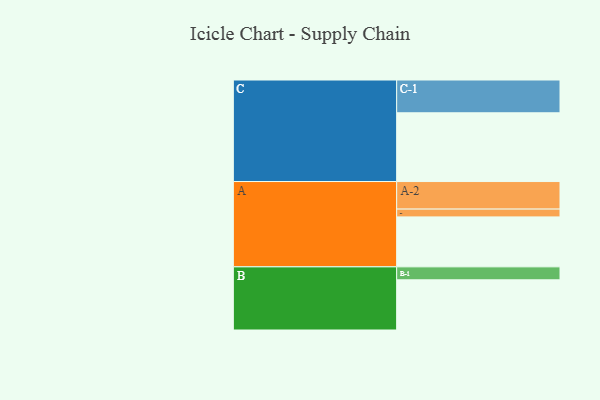
{"axis": {"x": "Segment", "y": "Value"}, "legend": ["", "A", "B", "C"], "data": [{"x": "A", "y": 428, "type": ""}, {"x": "B", "y": 430, "type": ""}, {"x": "C", "y": 589, "type": ""}, {"x": "A-1", "y": 67, "type": "A"}, {"x": "A-2", "y": 236, "type": "A"}, {"x": "B-1", "y": 111, "type": "B"}, {"x": "C-1", "y": 281, "type": "C"}]}